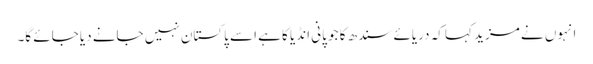
انہوں نے مزید کہا کہ دریائے سندھ کا جو پانی انڈیا کا ہے اسے پاکستان نہیں جانے دیا جائے گا۔